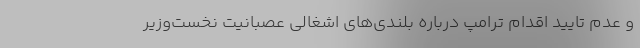
و عدم تایید اقدام ترامپ درباره بلندی‌های اشغالی عصبانیت نخست‌وزیر